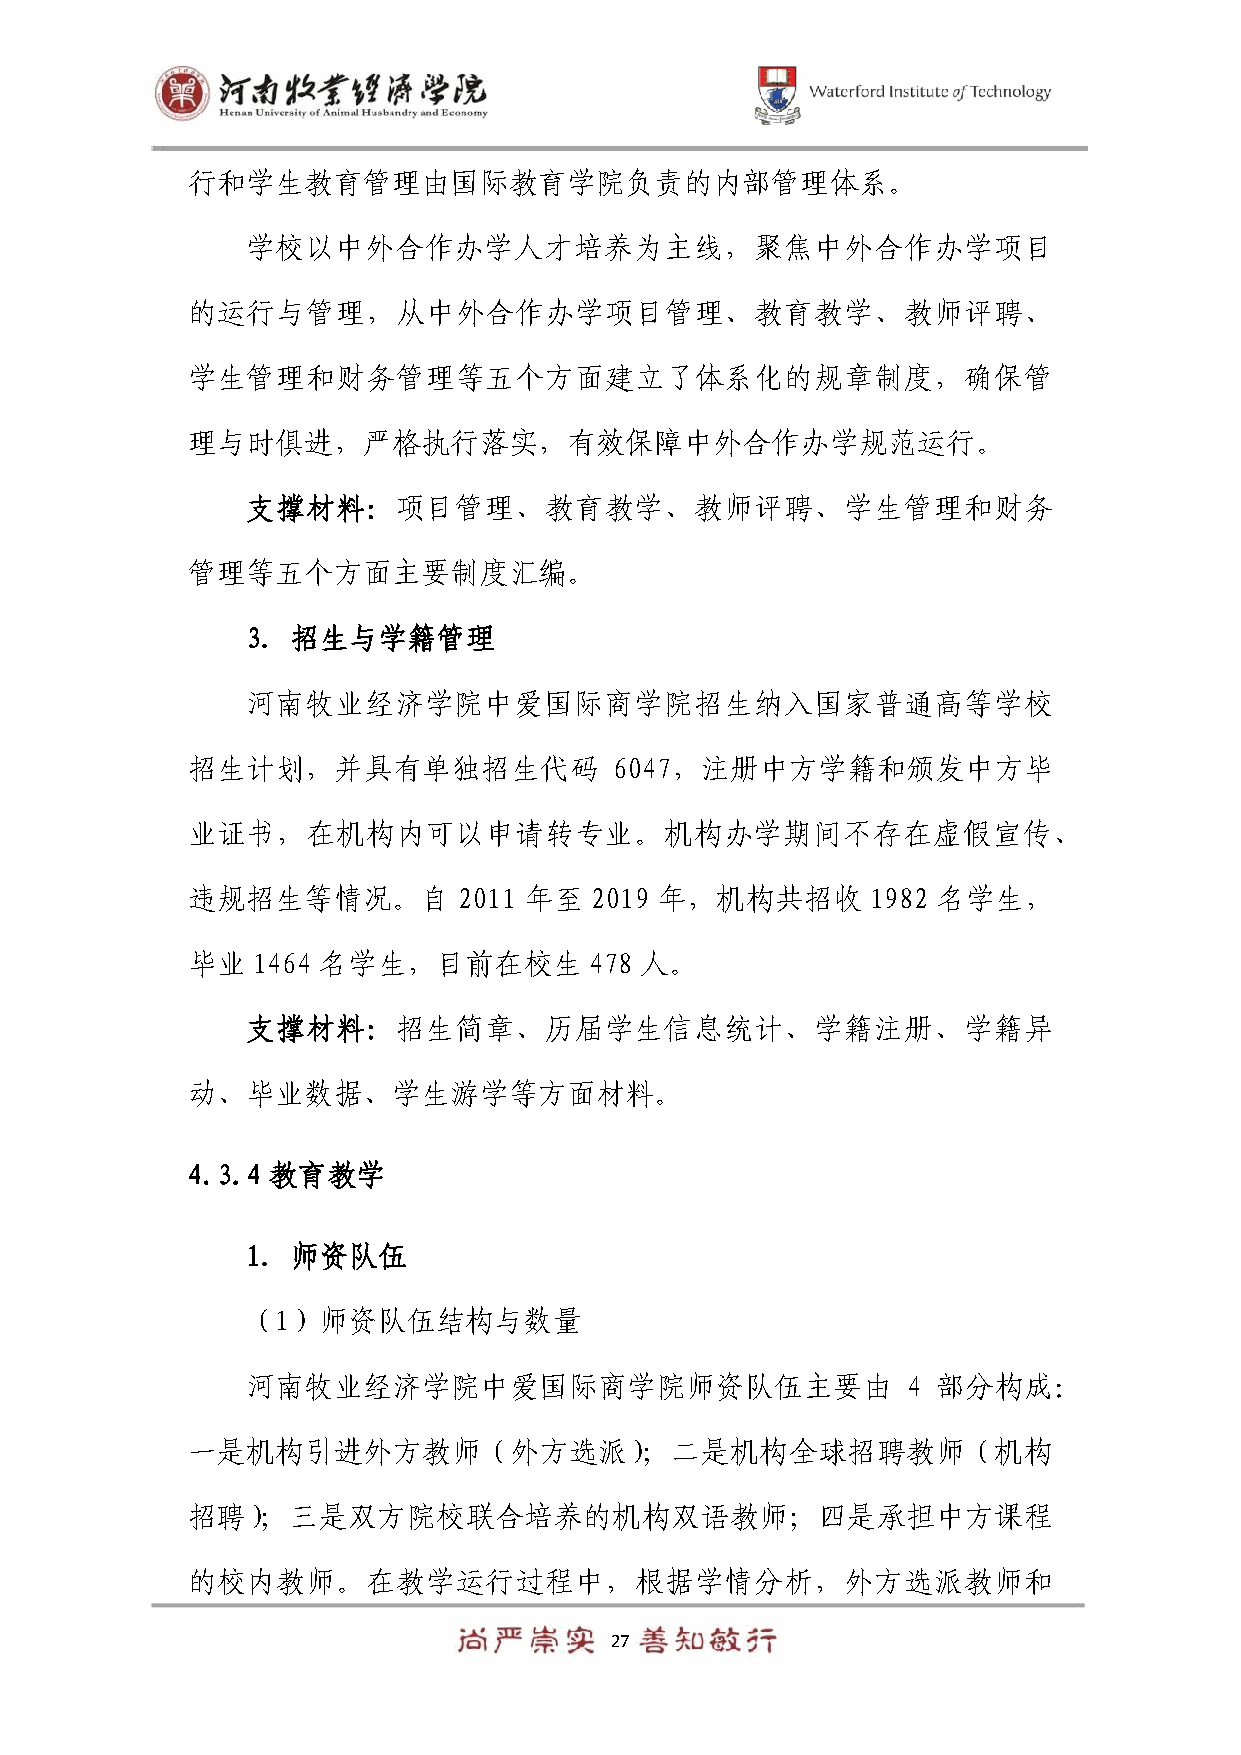
行和学生教育管理由国际教育学院负责的内部管理体系。
 学校以中外合作办学人才培养为主线，聚焦中外合作办学项目
 的运行与管理，从中外合作办学项目管理、教育教学、教师评聘、
 学生管理和财务管理等五个方面建立了体系化的规章制度，确保管
 理与时俱进，严格执行落实，有效保障中外合作办学规范运行。
 支撑材料：项目管理、教育教学、教师评聘、学生管理和财务
 管理等五个方面主要制度汇编。
 3. 招生与学籍管理
 河南牧业经济学院中爱国际商学院招生纳入国家普通高等学校
 招生计划，并具有单独招生代码               6047，注册中方学籍和颁发中方毕
 业证书，在机构内可以申请转专业。机构办学期间不存在虚假宣传、
 违规招生等情况。自         2011 年至  2019 年，机构共招收       1982 名学生，
 毕业   1464 名学生，目前在校生        478 人。
 支撑材料：招生简章、历届学生信息统计、学籍注册、学籍异
 动、毕业数据、学生游学等方面材料。
 4.3.4 教育教学
 1. 师资队伍
 （1）师资队伍结构与数量
 河南牧业经济学院中爱国际商学院师资队伍主要由                      4 部分构成：
 一是机构引进外方教师（外方选派）；二是机构全球招聘教师（机构
 招聘）；三是双方院校联合培养的机构双语教师；四是承担中方课程
 的校内教师。在教学运行过程中，根据学情分析，外方选派教师和
 27